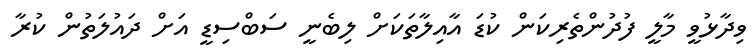
ވިދާޅުވީ މާލީ ފުދުންތެރިކަން ކުޑަ އާއިލާތަކަށް ލިބެނީ ސަބްސިޑީ އަށް ދައުލަތުން ކުރާ